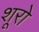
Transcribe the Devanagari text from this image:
शूरो